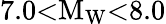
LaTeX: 7.0{<}\mathrm{M}_{\mathrm{W}}{<}8.0